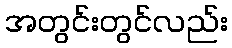
အတွင်းတွင်လည်း